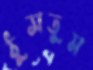
ঠুসতুম